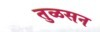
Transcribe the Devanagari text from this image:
तुळसन